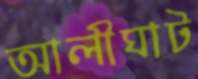
আলীঘাট